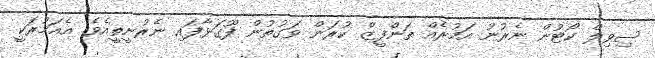
ސިވިލް ކޯޓުން ނެރުނު އަމުރެއް ތަންފީޒް ކުރަން ވަގުތުން ފޫގަޅާފައި ނެރުނީތީއެވެ. އެއަމުރަކީ